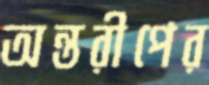
অন্তরীপের